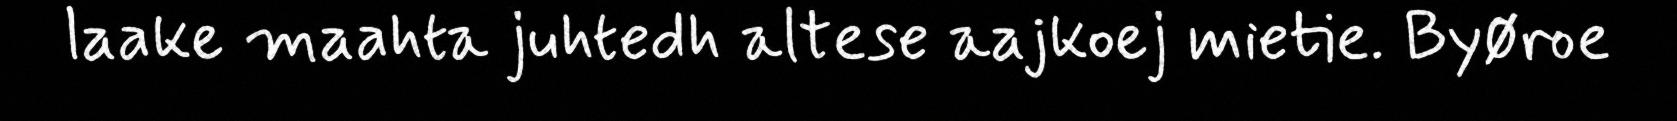
laake maahta juhtedh altese aajkoej mietie. Byøroe